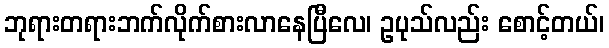
ဘုရားတရားဘက်လိုက်စားလာနေပြီလေ၊ ဥပုသ်လည်း စောင့်တယ်၊